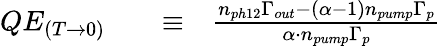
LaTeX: \begin{array}{rlrl}{QE_{(T\rightarrow 0)}}&{{}}&{\equiv}&{{}\frac{n_{ph12}\Gamma_{out}-(\alpha-1)n_{pump}\Gamma_{p}}{\alpha\cdot n_{pump}\Gamma_{p}}}\end{array}